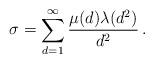
LaTeX: \begin{align*}\sigma=\sum\limits_{d=1}^\infty\frac{\mu(d)\lambda(d^2)}{d^2}\,.\end{align*}